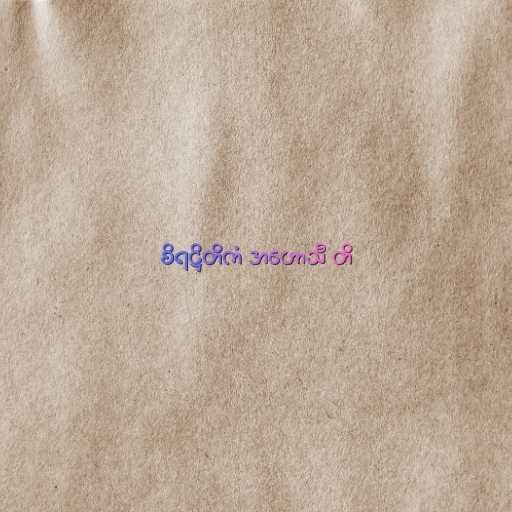
စိရဋ္ဌိတိကံ အဟောသီ တိ